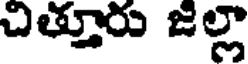
చిత్తూరు జల్లా